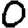
Digit: 0